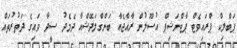
ޕަބްލިކް ޕްރައިވެޓް ޕާޓްނަޝިޕް އުސޫލުން ރާއްޖެއާ ބަންގްލަދޭޝްއާ ދެމެދު ސީދާ ވައިގެ ދަތުރުތައް